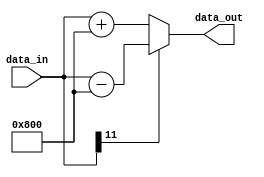
module twos_to_ADC_offset
#(
	parameter WIRE_WIDTH = 12
)
(
    input [WIRE_WIDTH - 1:0] data_in,
	output [WIRE_WIDTH - 1:0] data_out
);

    reg [WIRE_WIDTH - 1:0] data_register1 = 14'h0;
    
    always @(data_in)
    begin
        if(data_in[WIRE_WIDTH - 1])
            data_register1 = data_in - 14'h800;
        else 
            data_register1 = data_in + 14'h800;
    end
    
    assign data_out = data_register1;

endmodule

// if msb is 1 do a 2 com 
// 12 bit input and 12 or 14 make it run so it is pipe line combinational code only no
// The greatest neg val is x800 unsigned bin is -2048
// the least neg val gives greates unsigned bin val -1 = all Fs
//